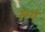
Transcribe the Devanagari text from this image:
सगं